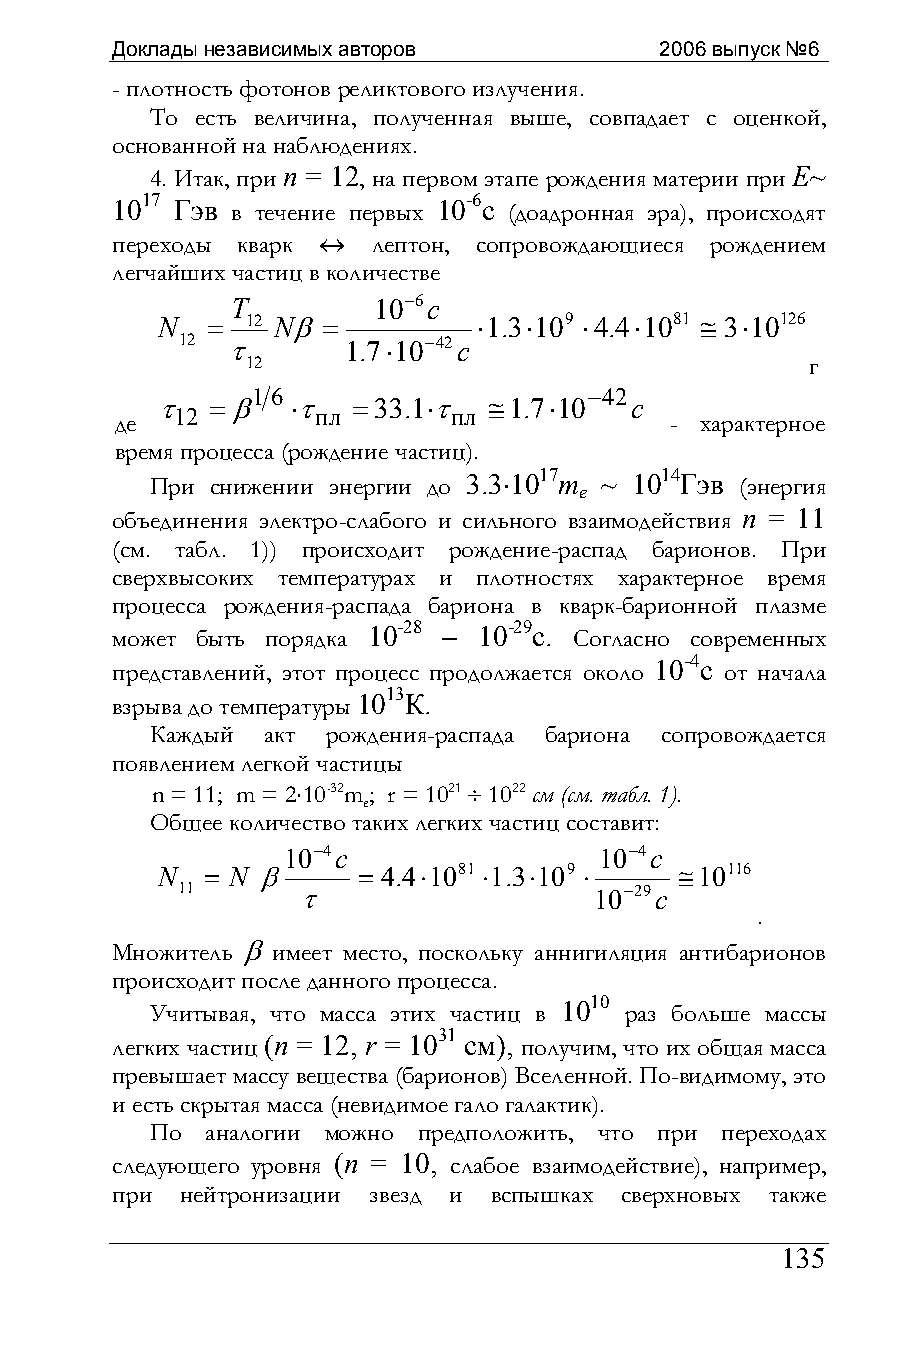
Доклады независимых авторов          2006 выпуск №6
 - плотность фотонов реликтового излучения.
 То есть величина, полученная выше, совпадает с оценкой,
 основанной на наблюдениях.
 4. Итак, при n = 12, на первом этапе рождения материи при E~
 1017 Гэв в течение первых 10-6с (доадронная эра), происходят
 переходы кварк ↔  лептон, сопровождающиеся рождением
 легчайших частиц в количестве
 T         10−6c
 N   = 12 Nβ=          ⋅1.3⋅109 ⋅4.4⋅1081 ≅ 3⋅10126
 12 τ       1.7⋅10−42c
 12                                    г
 1 6                   −42
 τ   =β   ⋅τ  = 33.1⋅τ ≅1.7⋅10   c
 12       пл       пл
 де                                  - характерное
 время процесса (рождение частиц).
 При снижении энергии до 3.3⋅1017m ~ 1014Гэв (энергия
 e
 объединения электро-слабого и сильного взаимодействия n = 11
 (см. табл. 1)) происходит рождение-распад барионов. При
 сверхвысоких температурах и плотностях характерное время
 процесса рождения-распада бариона в кварк-барионной плазме
 может быть порядка 10-28 – 10-29с. Согласно современных
 представлений, этот процесс продолжается около
 10-4с
 от начала
 взрыва до температуры
 1013К.
 Каждый акт  рождения-распада бариона сопровождается
 появлением легкой частицы
 n = 11; m = 2⋅10-32m; r = 1021 ÷ 1022 см (см. табл. 1).
 e
 Общее количество таких легких частиц составит:
 10−4c                10−4c
 N   = N β     = 4.4⋅1081 ⋅1.3⋅109 ⋅ ≅10116
 11      τ                  10−29c
 .
 Множитель β имеет место, поскольку аннигиляция антибарионов
 происходит после данного процесса.
 Учитывая, что масса этих частиц в
 1010
 раз больше массы
 легких частиц (n = 12, r = 1031 см), получим, что их общая масса
 превышает массу вещества (барионов) Вселенной. По-видимому, это
 и есть скрытая масса (невидимое гало галактик).
 По  аналогии можно предположить, что при переходах
 следующего уровня (n = 10, слабое взаимодействие), например,
 при  нейтронизации звезд и вспышках сверхновых также
 135